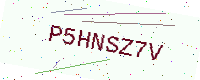
Text: P5HNSZ7V